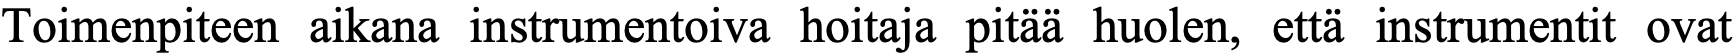
Toimenpiteen aikana instrumentoiva hoitaja pitää huolen, että instrumentit ovat